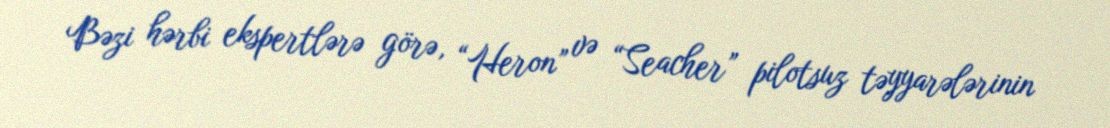
Bəzi hərbi ekspertlərə görə, “Heron” və “Seacher” pilotsuz təyyarələrinin